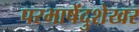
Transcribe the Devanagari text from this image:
परभाषेंदुशेखर